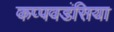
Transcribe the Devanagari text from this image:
कप्पवडंसिया